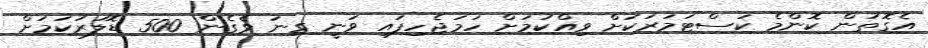
އެގޮތުން ކޮންމެ ކަސްޓަމަރަކަށް ވިއްކުމަށް ހަމަޖެހިފައި ވަނީ ގިނަ ވެގެން 500 ޑޮލަރުކަމަށް